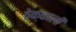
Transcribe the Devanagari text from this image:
ठेक्काली